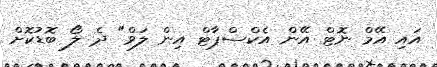
އައި އޭމް ނޮޓް އޭން އެކްސްޕާޓް އިން ލަވް" ދެ ލޯ ބޮޑުކޮށް